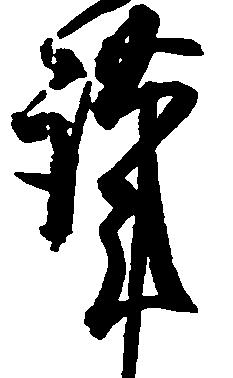
謹